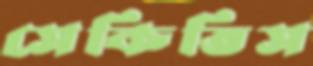
সেকিতিস